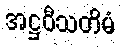
အဋ္ဌဝီသတိမံ